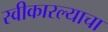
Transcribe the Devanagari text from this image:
स्वीकारल्याचा